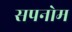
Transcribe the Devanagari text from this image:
सपनोम